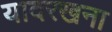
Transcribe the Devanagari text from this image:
यादरखना